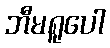
ဘီမရူပေါ